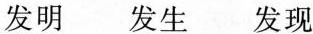
发明 发生 发现